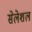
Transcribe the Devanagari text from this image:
सेलेशल